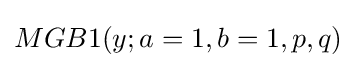
MGB1(y;a=1,b=1,p,q)